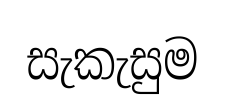
සැකැසුම